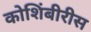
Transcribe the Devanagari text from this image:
कोशिंबीरीस